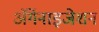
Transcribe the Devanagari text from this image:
ॲर्गेनाइजेशन